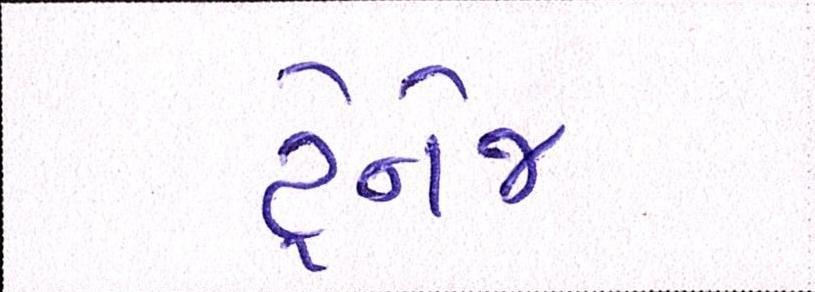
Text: ડ્રેનેજ